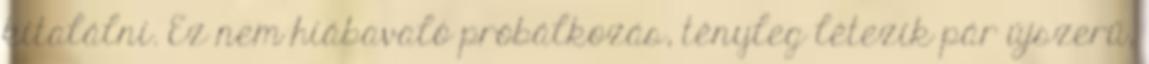
kitalálni. Ez nem hiábavaló próbálkozás, tényleg létezik pár újszerű,